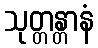
သုတ္တန္တာနံ